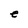
Character: e